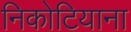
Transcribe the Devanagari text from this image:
निकोटियाना